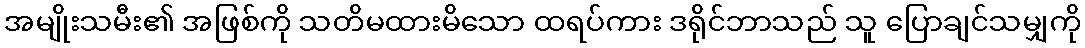
အမျိုးသမီး၏ အဖြစ်ကို သတိမထားမိသော ထရပ်ကား ဒရိုင်ဘာသည် သူ ပြောချင်သမျှကို